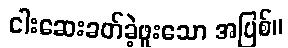
ငါးဆေးခတ်ခဲ့ဖူးသော အပြစ်။